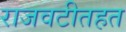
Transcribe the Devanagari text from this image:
राजवटीतहत